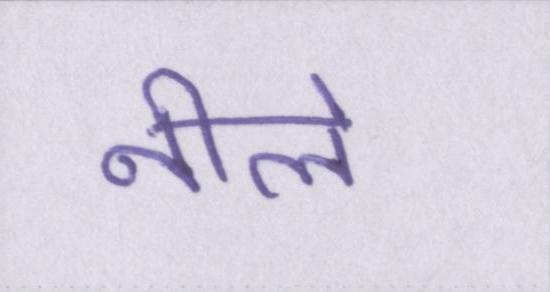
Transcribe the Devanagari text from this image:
नीले